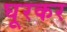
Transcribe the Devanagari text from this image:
घूरकर